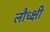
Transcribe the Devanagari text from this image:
लौध्क्षी